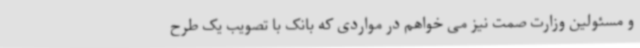
و مسئولین وزارت صمت نیز می خواهم در مواردی که بانک با تصویب یک طرح